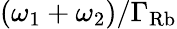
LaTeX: (\omega_{1}+\omega_{2})/\Gamma_{\mathrm{Rb}}